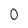
Character: 0